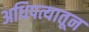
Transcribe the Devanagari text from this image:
अधिपत्यातून